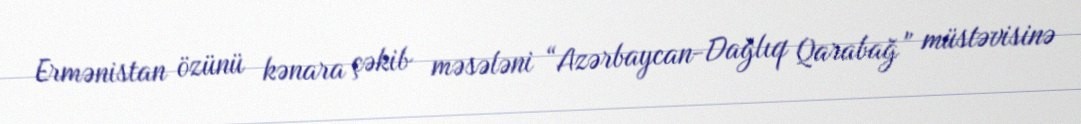
Ermənistan özünü kənara çəkib məsələni “Azərbaycan-Dağlıq Qarabağ” müstəvisinə